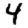
Digit: 4